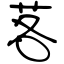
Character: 茖